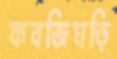
কবজিঘড়ি